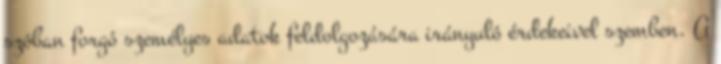
szóban forgó személyes adatok feldolgozására irányuló érdekeivel szemben. A